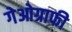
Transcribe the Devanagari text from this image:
गेओग्राफी